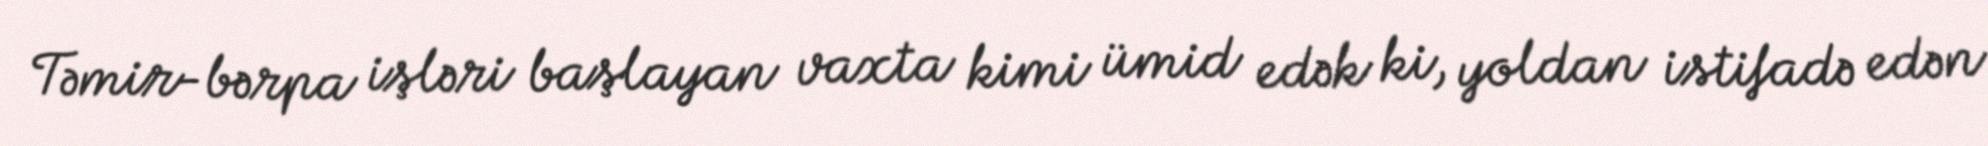
Təmir-bərpa işləri başlayan vaxta kimi ümid edək ki, yoldan istifadə edən